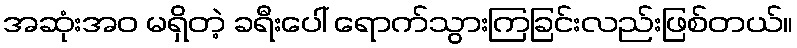
အဆုံးအဝ မရှိတဲ့ ခရီးပေါ် ရောက်သွားကြခြင်းလည်းဖြစ်တယ်။